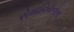
રોમાનિયનોના